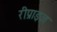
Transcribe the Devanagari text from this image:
रीप्राइज़